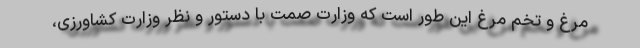
مرغ و تخم مرغ این طور است که وزارت صمت با دستور و نظر وزارت کشاورزی،